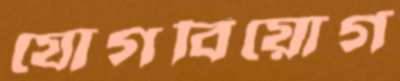
যোগবিয়োগ